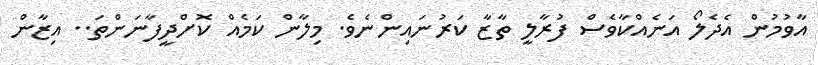
އާވުމުން އެދެލޯ އަނެއްކާވެސް ފުރާލީ ތާޒާ ކަރުނައިންނެވެ. މިލާން ކަމެއް ކޮށްދީފާނަންތަ.. އިޒާން